Problem: 1 + 1 = ?
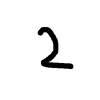
Handwritten answer: 2